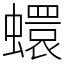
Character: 蠉